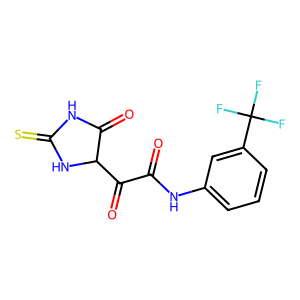
SMILES: O=C(Nc1cccc(C(F)(F)F)c1)C(=O)C1NC(=S)NC1=O
Inhibits HIV replication: No